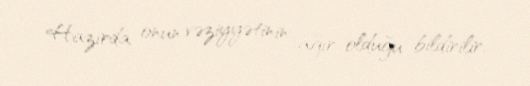
Hazırda onun vəziyyətinin ağır olduğu bildirilir.